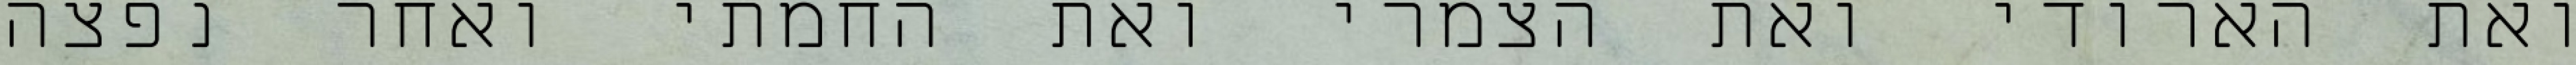
ואת הארודי ואת הצמרי ואת החמתי ואחר נפצה